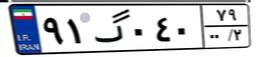
۹۱گ۰۴۰۷۹